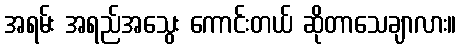
အရမ်း အရည်အသွေး ကောင်းတယ် ဆိုတာသေချာလား။